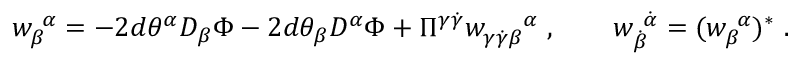
{ w } _ { \beta } ^ { ~ \alpha } = - 2 d \theta ^ { \alpha } D _ { \beta } \Phi - 2 d \theta _ { \beta } D ^ { \alpha } \Phi + \Pi ^ { \gamma \dot { \gamma } } w _ { \gamma \dot { \gamma } \beta } ^ { ~ ~ ~ ~ \alpha } ~ , \qquad w _ { \dot { \beta } } ^ { ~ \dot { \alpha } } = ( w _ { \beta } ^ { ~ \alpha } ) ^ { * } ~ .